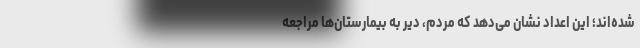
شده‌اند؛ این اعداد نشان می‌دهد که مردم، دیر به بیمارستان‌ها مراجعه